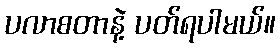
ပလာစတာနဲ့ ပတ်ရပါမယ်။